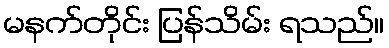
မနက်တိုင်း ပြန်သိမ်း ရသည်။